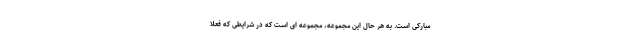
مبارکی است. به هر حال این مجموعه، مجموعه ای است که در شرایطی که فعلا